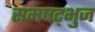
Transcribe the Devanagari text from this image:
समषट्भुज